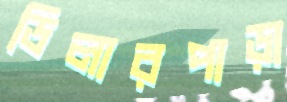
ডিলারপাড়া